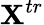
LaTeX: \mathbf{X}^{tr}